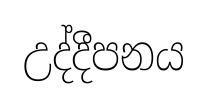
උද්දීපනය